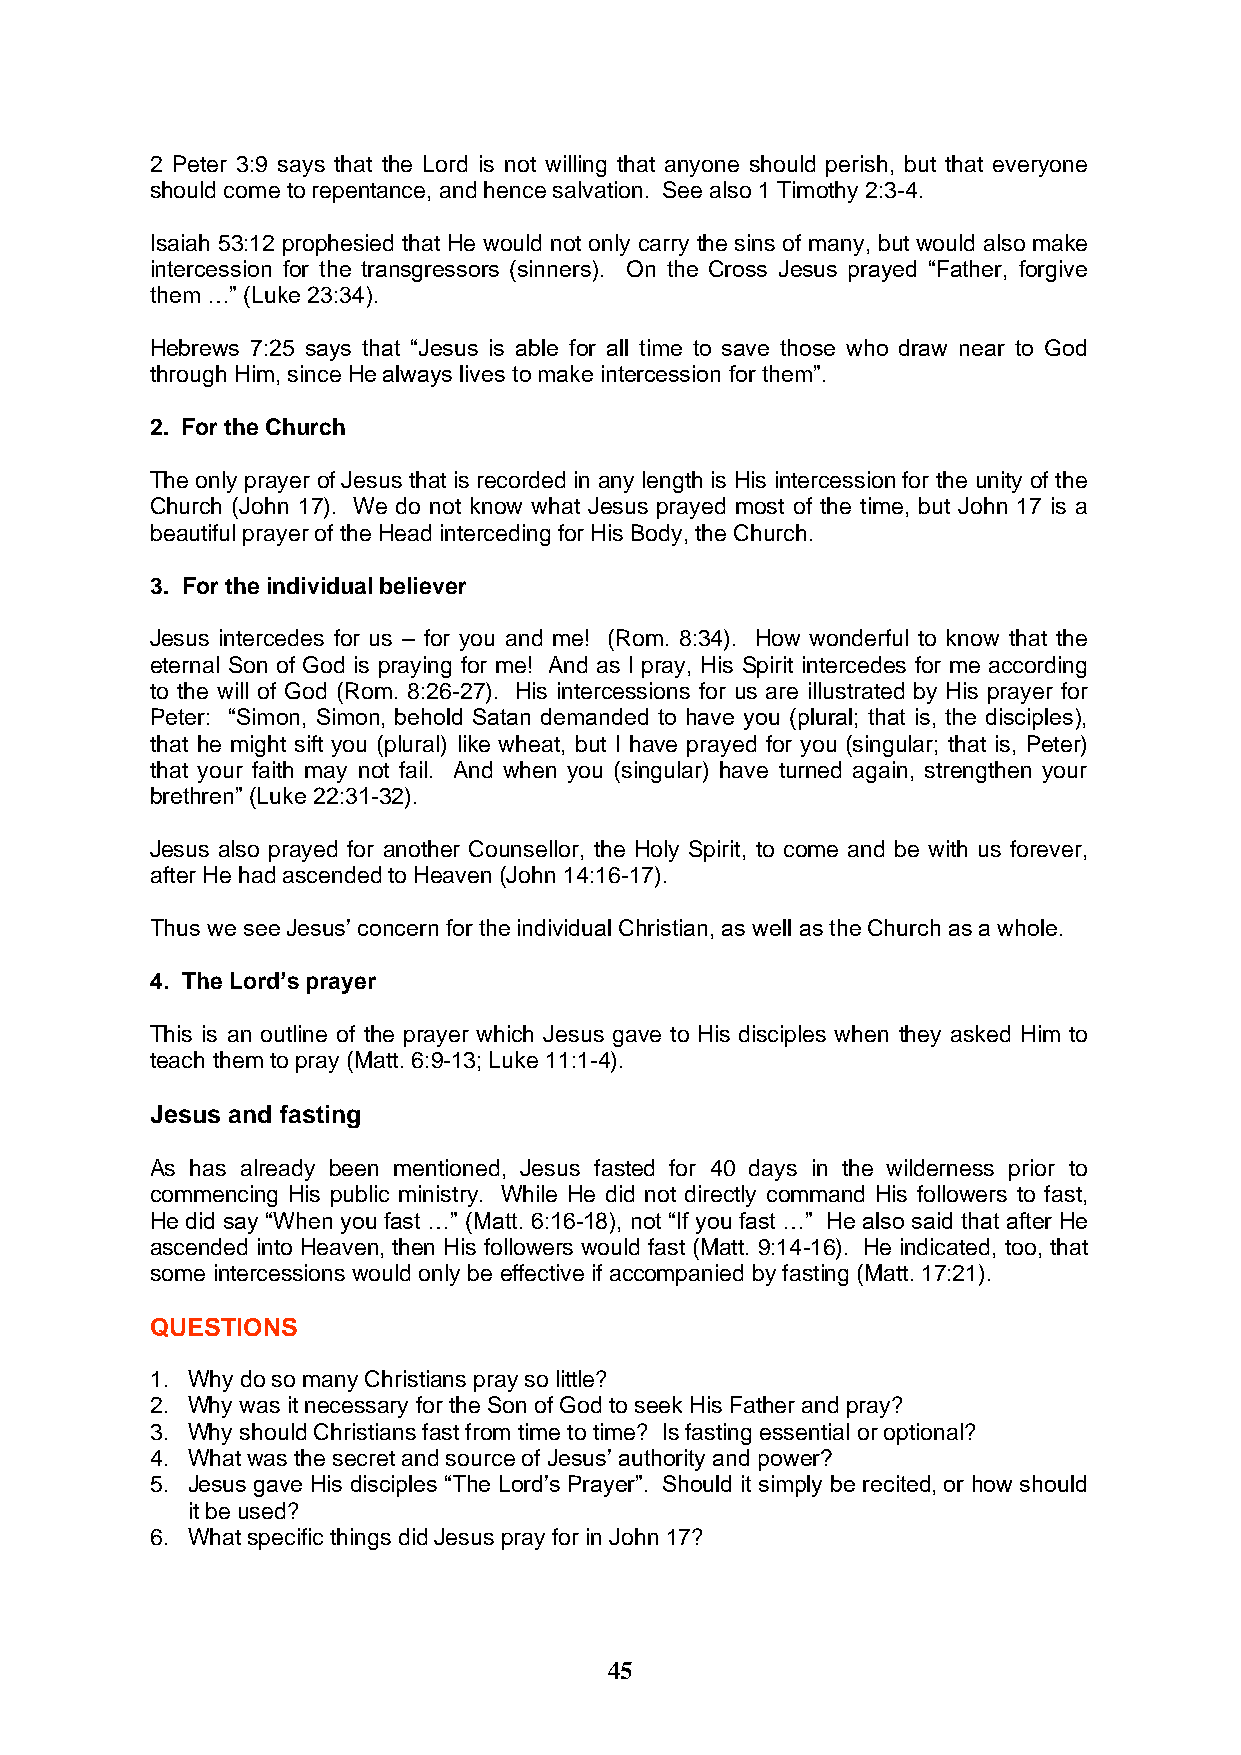
2 Peter 3:9 says that the Lord is not willing that anyone should perish, but that everyone
 should come to repentance, and hence salvation. See also 1 Timothy 2:3-4.
 Isaiah 53:12 prophesied that He would not only carry the sins of many, but would also make
 intercession for the transgressors (sinners). On the Cross Jesus prayed “Father, forgive
 them …” (Luke 23:34).
 Hebrews 7:25 says that “Jesus is able for all time to save those who draw near to God
 through Him, since He always lives to make intercession for them”.
 2. For the Church
 The only prayer of Jesus that is recorded in any length is His intercession for the unity of the
 Church (John 17). We do not know what Jesus prayed most of the time, but John 17 is a
 beautiful prayer of the Head interceding for His Body, the Church.
 3. For the individual believer
 Jesus intercedes for us – for you and me! (Rom. 8:34). How wonderful to know that the
 eternal Son of God is praying for me! And as I pray, His Spirit intercedes for me according
 to the will of God (Rom. 8:26-27). His intercessions for us are illustrated by His prayer for
 Peter: “Simon, Simon, behold Satan demanded to have you (plural; that is, the disciples),
 that he might sift you (plural) like wheat, but I have prayed for you (singular; that is, Peter)
 that your faith may not fail. And when you (singular) have turned again, strengthen your
 brethren” (Luke 22:31-32).
 Jesus also prayed for another Counsellor, the Holy Spirit, to come and be with us forever,
 after He had ascended to Heaven (John 14:16-17).
 Thus we see Jesus’ concern for the individual Christian, as well as the Church as a whole.
 4. The Lord’s prayer
 This is an outline of the prayer which Jesus gave to His disciples when they asked Him to
 teach them to pray (Matt. 6:9-13; Luke 11:1-4).
 Jesus and fasting
 As has already been mentioned, Jesus fasted for 40 days in the wilderness prior to
 commencing His public ministry. While He did not directly command His followers to fast,
 He did say “When you fast …” (Matt. 6:16-18), not “If you fast …” He also said that after He
 ascended into Heaven, then His followers would fast (Matt. 9:14-16). He indicated, too, that
 some intercessions would only be effective if accompanied by fasting (Matt. 17:21).
 QUESTIONS
 1. Why do so many Christians pray so little?
 2. Why was it necessary for the Son of God to seek His Father and pray?
 3. Why should Christians fast from time to time? Is fasting essential or optional?
 4. What was the secret and source of Jesus’ authority and power?
 5. Jesus gave His disciples “The Lord’s Prayer”. Should it simply be recited, or how should
 it be used?
 6. What specific things did Jesus pray for in John 17?
 45